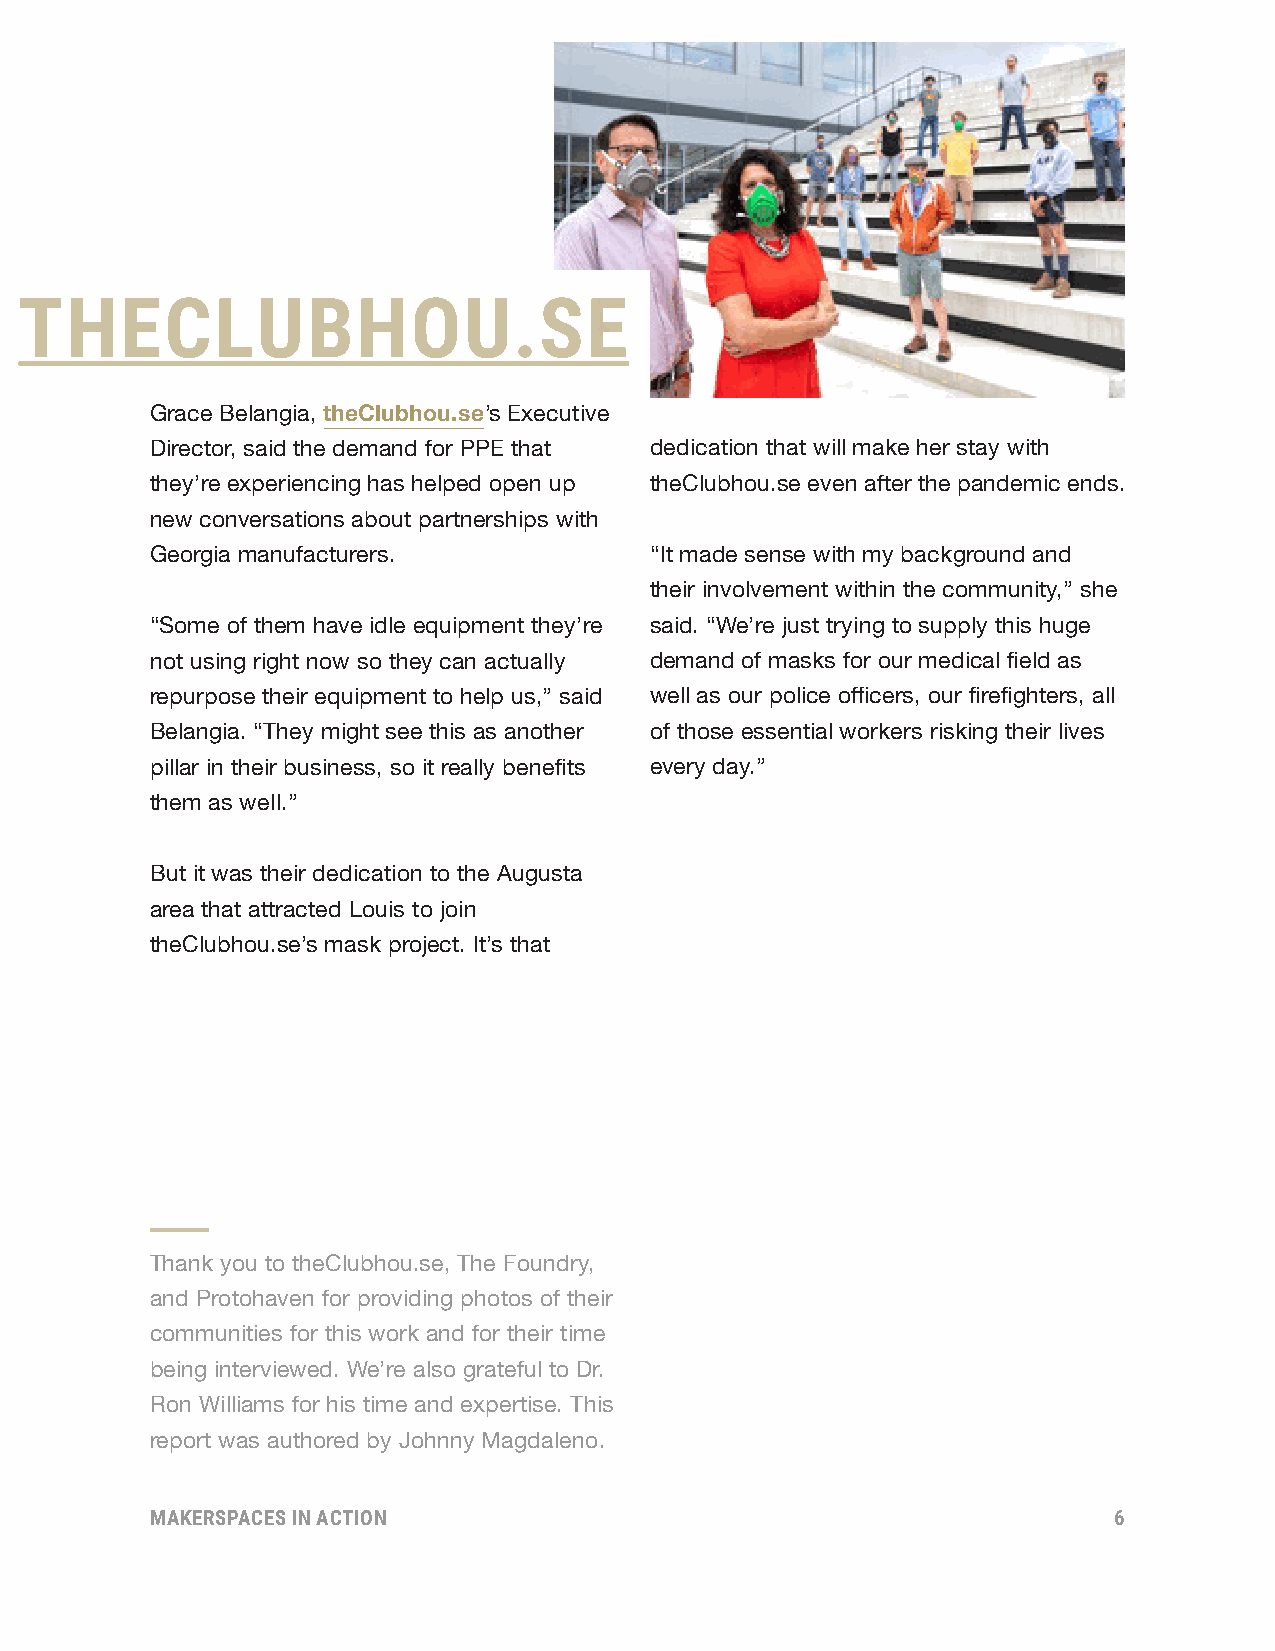
THECLUBHOU.SE
 Grace Belangia, theClubhou.se’s Executive
 Director, said the demand for PPE that dedication that will make her stay with
 they’re experiencing has helped open up theClubhou.se even after the pandemic ends.
 new conversations about partnerships with
 Georgia manufacturers.           “It made sense with my background and
 their involvement within the community,” she
 “Some of them have idle equipment they’re said. “We’re just trying to supply this huge
 not using right now so they can actually demand of masks for our medical field as
 repurpose their equipment to help us,” said well as our police officers, our firefighters, all
 Belangia. “They might see this as another of those essential workers risking their lives
 pillar in their business, so it really benefits every day.”
 them as well.”
 But it was their dedication to the Augusta
 area that attracted Louis to join
 theClubhou.se’s mask project. It’s that
 Thank you to theClubhou.se, The Foundry,
 and Protohaven for providing photos of their
 communities for this work and for their time
 being interviewed. We’re also grateful to Dr.
 Ron Williams for his time and expertise. This
 report was authored by Johnny Magdaleno.
 MAKERSPACES IN ACTION                                           6